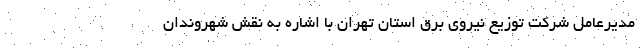
مدیرعامل شرکت توزیع نیروی برق استان تهران با اشاره به نقش شهروندان